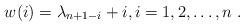
LaTeX: \begin{align*}w(i)=\lambda _{n+1-i}+i,i=1,2,\ldots ,n\;. \end{align*}